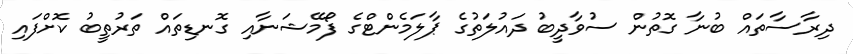
ދިރާސާތައް ބުނާ ގޮތުން ސުވާދީބު ދައުލަތުގެ ޕާލަމެންޓްގެ ފޯމޭޝަނާއި ގޮނޑިތައް ތަރުތީބު ކޮށްފައި